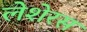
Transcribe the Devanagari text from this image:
लेशेरस